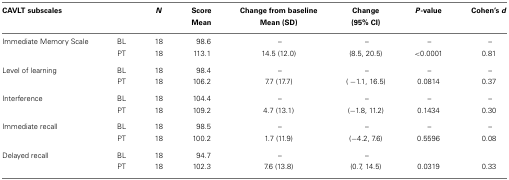
| CAVLT subscales |  | N | Score | Change from baseline | Change | P-value | Cohen’s d |
 |  |  |  | Mean | Mean (SD) | (95% CI) |  |
 | --- | --- | --- | --- | --- | --- | --- | --- |
 | Immediate Memory Scale | BL | 18 | 98.6 | – | – | – | – |
 |  | PT | 18 | 113.1 | 14.5 (12.0) | (8.5, 20.5) | <0.0001 | 0.81 |
 | Level of learning | BL | 18 | 98.4 | – | – | – | – |
 |  | PT | 18 | 106.2 | 7.7 (17.7) | (−1.1, 16.5) | 0.0814 | 0.37 |
 | Interference | BL | 18 | 104.4 | – | – | – | – |
 |  | PT | 18 | 109.2 | 4.7 (13.1) | (−1.8, 11.2) | 0.1434 | 0.30 |
 | Immediate recall | BL | 18 | 98.5 | – | – | – | – |
 |  | PT | 18 | 100.2 | 1.7 (11.9) | (−4.2, 7.6) | 0.5596 | 0.08 |
 | Delayed recall | BL | 18 | 94.7 | – | – |  |  |
 |  | PT | 18 | 102.3 | 7.6 (13.8) | (0.7, 14.5) | 0.0319 | 0.33 |